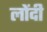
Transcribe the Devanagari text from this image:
लोंदी